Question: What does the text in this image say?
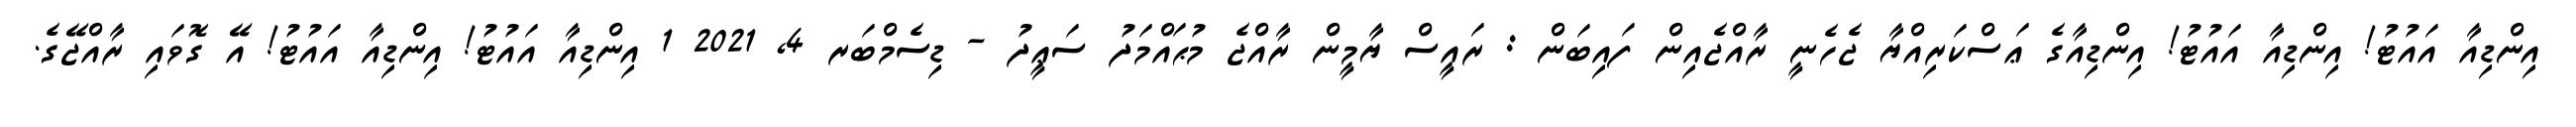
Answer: އިންޑިއާ އައުޓު! އިންޑިއާ އައުޓު! އިންޑިއާގެ ޢަސްކަރިއްޔާ ޖެހެނީ ރާއްޖެއިން ފައިބަން : ރައީސް ޔާމީން ރާއްޖެ މުޙައްމަދު ސަޢީދު - ޑިސެމްބަރ 4, 2021 1 އިންޑިއާ އައުޓު! އިންޑިއާ އައުޓު! އޭ ގޮވައި ރާއްޖޭގެ.